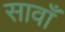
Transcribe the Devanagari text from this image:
सावाँ